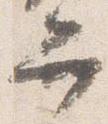
弁